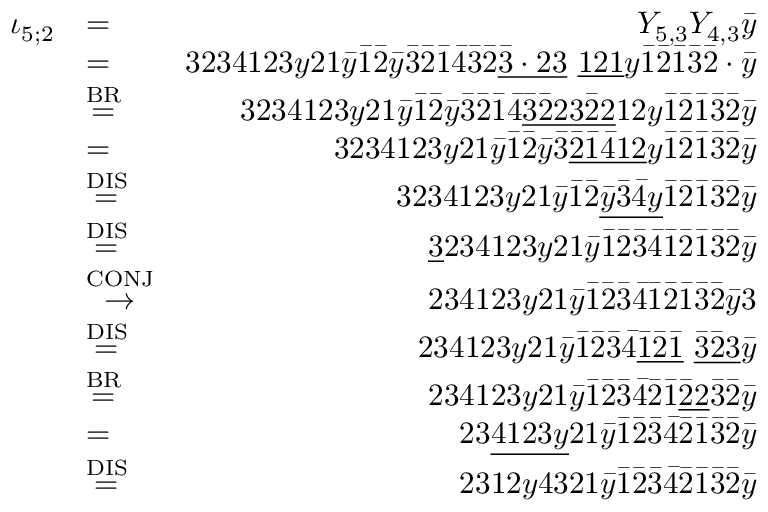
\begin{array} { r l r } { \iota _ { 5 ; 2 } } & { = } & { Y _ { 5 , 3 } Y _ { 4 , 3 } \bar { y } } \\ & { = } & { 3 2 3 4 1 2 3 y 2 1 \bar { y } \bar { 1 } \bar { 2 } \bar { y } \bar { 3 } \bar { 2 } \bar { 1 } \bar { 4 } \bar { 3 } \bar { 2 } \underline { { \bar { 3 } \cdot 2 3 } } \ \underline { { 1 2 1 } } y \bar { 1 } \bar { 2 } \bar { 1 } \bar { 3 } \bar { 2 } \cdot \bar { y } } \\ & { \stackrel { \mathrm { B R } } { = } } & { 3 2 3 4 1 2 3 y 2 1 \bar { y } \bar { 1 } \bar { 2 } \bar { y } \bar { 3 } \bar { 2 } \bar { 1 } \bar { 4 } \underline { { \bar { 3 } \bar { 2 } 2 3 \bar { 2 } 2 } } 1 2 y \bar { 1 } \bar { 2 } \bar { 1 } \bar { 3 } \bar { 2 } \bar { y } } \\ & { = } & { 3 2 3 4 1 2 3 y 2 1 \bar { y } \bar { 1 } \bar { 2 } \bar { y } \bar { 3 } \underline { { \bar { 2 } \bar { 1 } \bar { 4 } 1 2 } } y \bar { 1 } \bar { 2 } \bar { 1 } \bar { 3 } \bar { 2 } \bar { y } } \\ & { \stackrel { \mathrm { D I S } } { = } } & { 3 2 3 4 1 2 3 y 2 1 \bar { y } \bar { 1 } \bar { 2 } \underline { { \bar { y } \bar { 3 } \bar { 4 } y } } \bar { 1 } \bar { 2 } \bar { 1 } \bar { 3 } \bar { 2 } \bar { y } } \\ & { \stackrel { \mathrm { D I S } } { = } } & { \underline { { 3 } } 2 3 4 1 2 3 y 2 1 \bar { y } \bar { 1 } \bar { 2 } \bar { 3 } \bar { 4 } \bar { 1 } \bar { 2 } \bar { 1 } \bar { 3 } \bar { 2 } \bar { y } } \\ & { \stackrel { \mathrm { C O N J } } { \to } } & { 2 3 4 1 2 3 y 2 1 \bar { y } \bar { 1 } \bar { 2 } \bar { 3 } \bar { 4 } \bar { 1 } \bar { 2 } \bar { 1 } \bar { 3 } \bar { 2 } \bar { y } 3 } \\ & { \stackrel { \mathrm { D I S } } { = } } & { 2 3 4 1 2 3 y 2 1 \bar { y } \bar { 1 } \bar { 2 } \bar { 3 } \bar { 4 } \underline { { \bar { 1 } \bar { 2 } \bar { 1 } } } \ \underline { { \bar { 3 } \bar { 2 } 3 } } \bar { y } } \\ & { \stackrel { \mathrm { B R } } { = } } & { 2 3 4 1 2 3 y 2 1 \bar { y } \bar { 1 } \bar { 2 } \bar { 3 } \bar { 4 } \bar { 2 } \bar { 1 } \underline { { \bar { 2 } 2 } } \bar { 3 } \bar { 2 } \bar { y } } \\ & { = } & { 2 3 \underline { { 4 1 2 3 y } } 2 1 \bar { y } \bar { 1 } \bar { 2 } \bar { 3 } \bar { 4 } \bar { 2 } \bar { 1 } \bar { 3 } \bar { 2 } \bar { y } } \\ & { \stackrel { \mathrm { D I S } } { = } } & { 2 3 1 2 y 4 3 2 1 \bar { y } \bar { 1 } \bar { 2 } \bar { 3 } \bar { 4 } \bar { 2 } \bar { 1 } \bar { 3 } \bar { 2 } \bar { y } } \end{array}